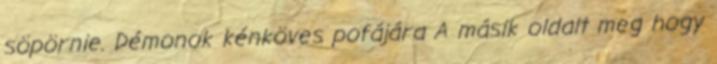
söpörnie. Démonok kénköves pofájára A másik oldalt meg hogy